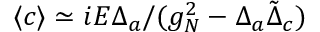
\langle c \rangle \simeq i E \Delta _ { a } / ( g _ { N } ^ { 2 } - \Delta _ { a } \tilde { \Delta } _ { c } )